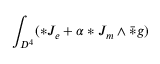
\int _ { D ^ { 4 } } ( * J _ { e } + \alpha * J _ { m } \wedge \bar { * } g )